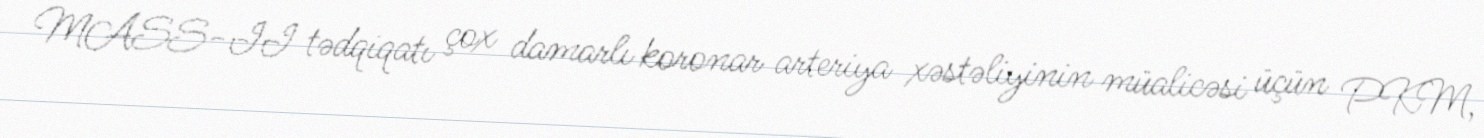
MASS-II tədqiqatı çox damarlı koronar arteriya xəstəliyinin müalicəsi üçün PKM,